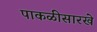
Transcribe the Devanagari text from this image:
पाकळीसारखे